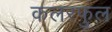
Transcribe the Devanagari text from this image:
कलरफुल